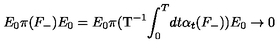
E _ { 0 } \pi ( { F } _ { - } ) E _ { 0 } = E _ { 0 } \pi ( \mathrm { T ^ { - 1 } } \! \int _ { 0 } ^ { T } \! d t \alpha _ { t } ( F _ { - } ) ) E _ { 0 } \rightarrow 0